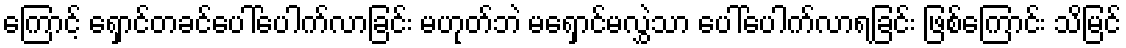
ကြောင့် ရှောင်တခင်ပေါ်ပေါက်လာခြင်း မဟုတ်ဘဲ မရှောင်မလွှဲသာ ပေါ်ပေါက်လာရခြင်း ဖြစ်ကြောင်း သိမြင်